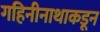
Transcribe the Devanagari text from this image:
गहिनीनाथाकडून